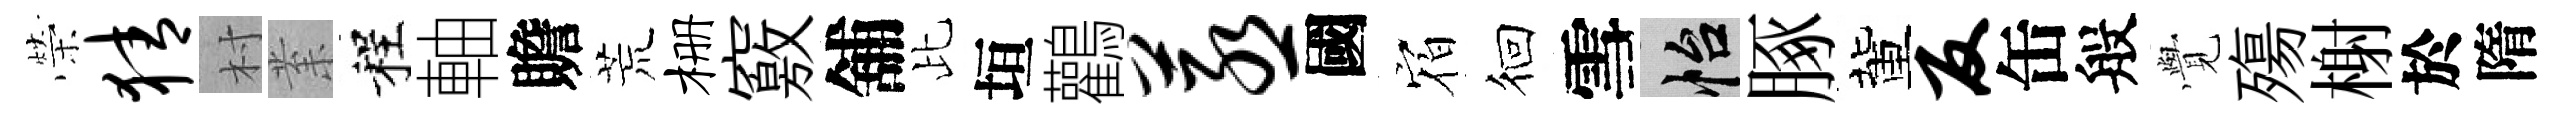
榮猜村𭪙程軸贍荒栅竅舖比垣鸛蒸國𪧐徊雪怡䐁董反缶般𮗜殤榭於隋